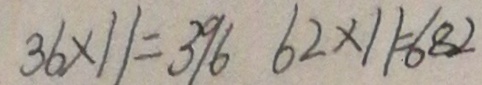
3 6 \times 1 1 = 3 9 6 6 2 \times 1 1 = 6 8 2